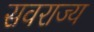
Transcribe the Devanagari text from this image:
सवराज्य